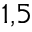
^ { 1 , 5 }